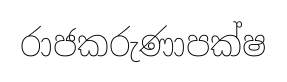
රාජකරුණාපක්ෂ